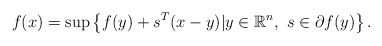
\begin{align*}f(x)=\sup \left\{f(y)+s^T(x-y)|y\in \mathbb{R}^n,\ s\in \partial f(y)\right\}.\end{align*}